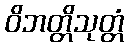
ဝိဘတ္တိသုတ္တံ